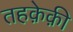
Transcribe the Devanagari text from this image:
तहक़ेक़ी